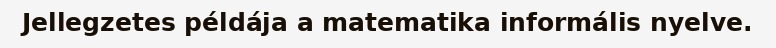
Jellegzetes példája a matematika informális nyelve.